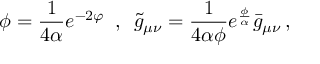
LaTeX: \phi = \frac { 1 } { 4 \alpha } e ^ { - 2 \varphi } \, \, \, , \, \, \, \tilde { g } _ { \mu \nu } = \frac { 1 } { 4 \alpha \phi } e ^ { \frac { \phi } { \alpha } } \bar { g } _ { \mu \nu } \, ,